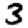
Digit: 3